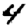
Digit: 4